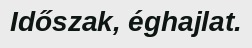
Időszak, éghajlat.